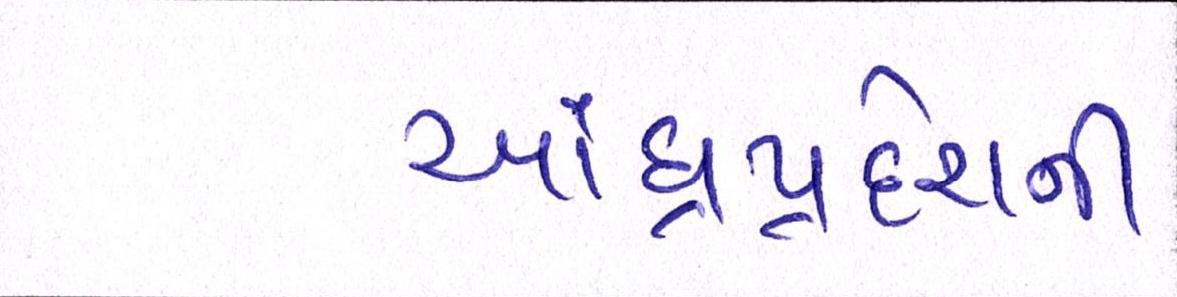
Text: આંધ્રપ્રદેશની